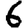
Digit: 6